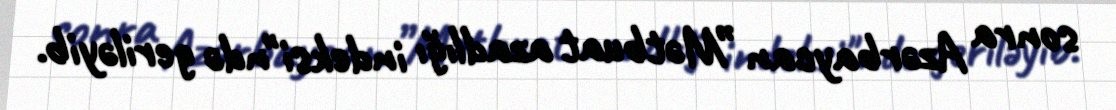
sonra Azərbaycan ”Mətbuat azadlığı indeksi"ndə geriləyib.